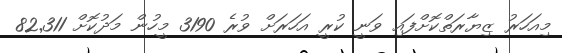
މިއަހަރު ޒިޔާރަތްކޮށްފައި ވަނީ ކުރީ އަހަރަށް ވުރެ 3190 މީހުން މަދުކޮށް 82